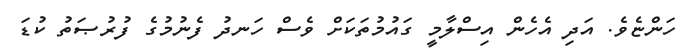
ހަންޏެވެ. އަދި އެހެން އިސްލާމީ ގައުމުތަކަށް ވެސް ހަނދު ފެނުމުގެ ފުރުޞަތު ކުޑަ